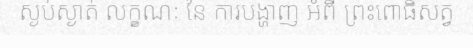
ស្ងប់ស្ងាត់ លក្ខណៈ នៃ ការបង្ហាញ អំពី ព្រះពោធិសត្វ